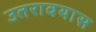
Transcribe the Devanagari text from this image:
उतरावयास